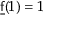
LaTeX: { \underline { { \mathsf { f } } } } ( 1 ) = 1